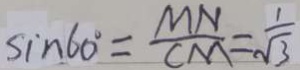
\sin 6 0 ^ { \circ } = \frac { M N } { C M } = \frac { 1 } { \sqrt { 3 } }